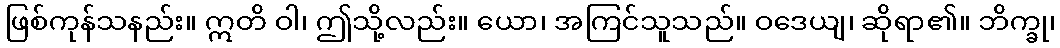
ဖြစ်ကုန်သနည်း။ ဣတိ ဝါ၊ ဤသို့လည်း။ ယော၊ အကြင်သူသည်။ ဝဒေယျ၊ ဆိုရာ၏။ ဘိက္ခု၊